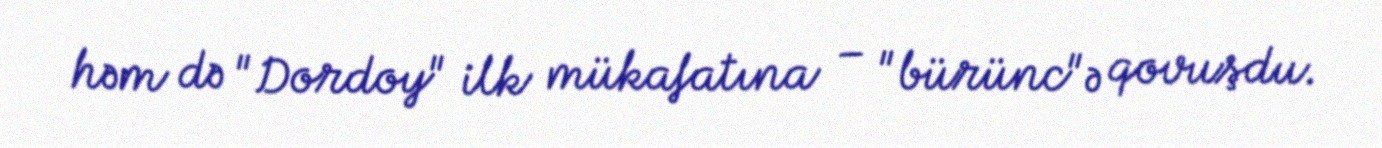
həm də "Dordoy" ilk mükafatına – "bürünc"ə qovuşdu.